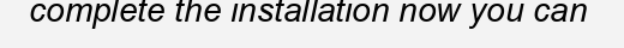
complete the installation now you can